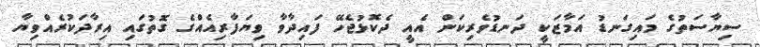
ސިޔާސަތުގެ މައިގަނޑު އަމާޒަކީ ދަނޑުވެރިކަން އެއީ ދެކޮޅުޖެހޭ ފައިދާވާ ވިޔަފާރިއެއްގެ ގޮތުގައި އިރާދަކުރެއްވިޔާ